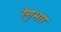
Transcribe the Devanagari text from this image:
रेणुभार